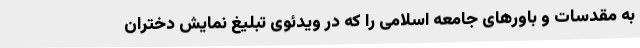
به مقدسات و باورهای جامعه اسلامی را که در ویدئوی تبلیغ نمایش دختران